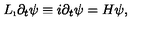
L _ { \i } \partial _ { t } \psi \equiv i \partial _ { t } \psi = H \psi ,